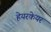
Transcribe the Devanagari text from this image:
हेयरकेयर